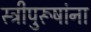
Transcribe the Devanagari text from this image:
स्त्रीपुरूषांना